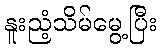
နူးညံ့သိမ်မွေ့ပြီး